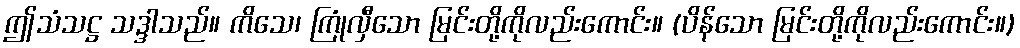
ဤသံသဋ္ဌ သဒ္ဒါသည်။ ကိသေ၊ ကြုံလှီသော မြင်းတို့ကိုလည်းကောင်း။ (ပိန်သော မြင်းတို့ကိုလည်းကောင်း။)